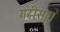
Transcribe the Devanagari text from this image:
गरीसा।।